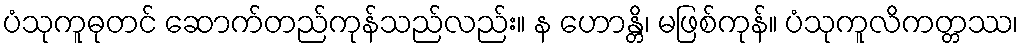
ပံသုကူဓုတင် ဆောက်တည်ကုန်သည်လည်း။ န ဟောန္တိ၊ မဖြစ်ကုန်။ ပံသုကူလိကတ္တဿ၊